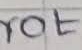
Text: rot